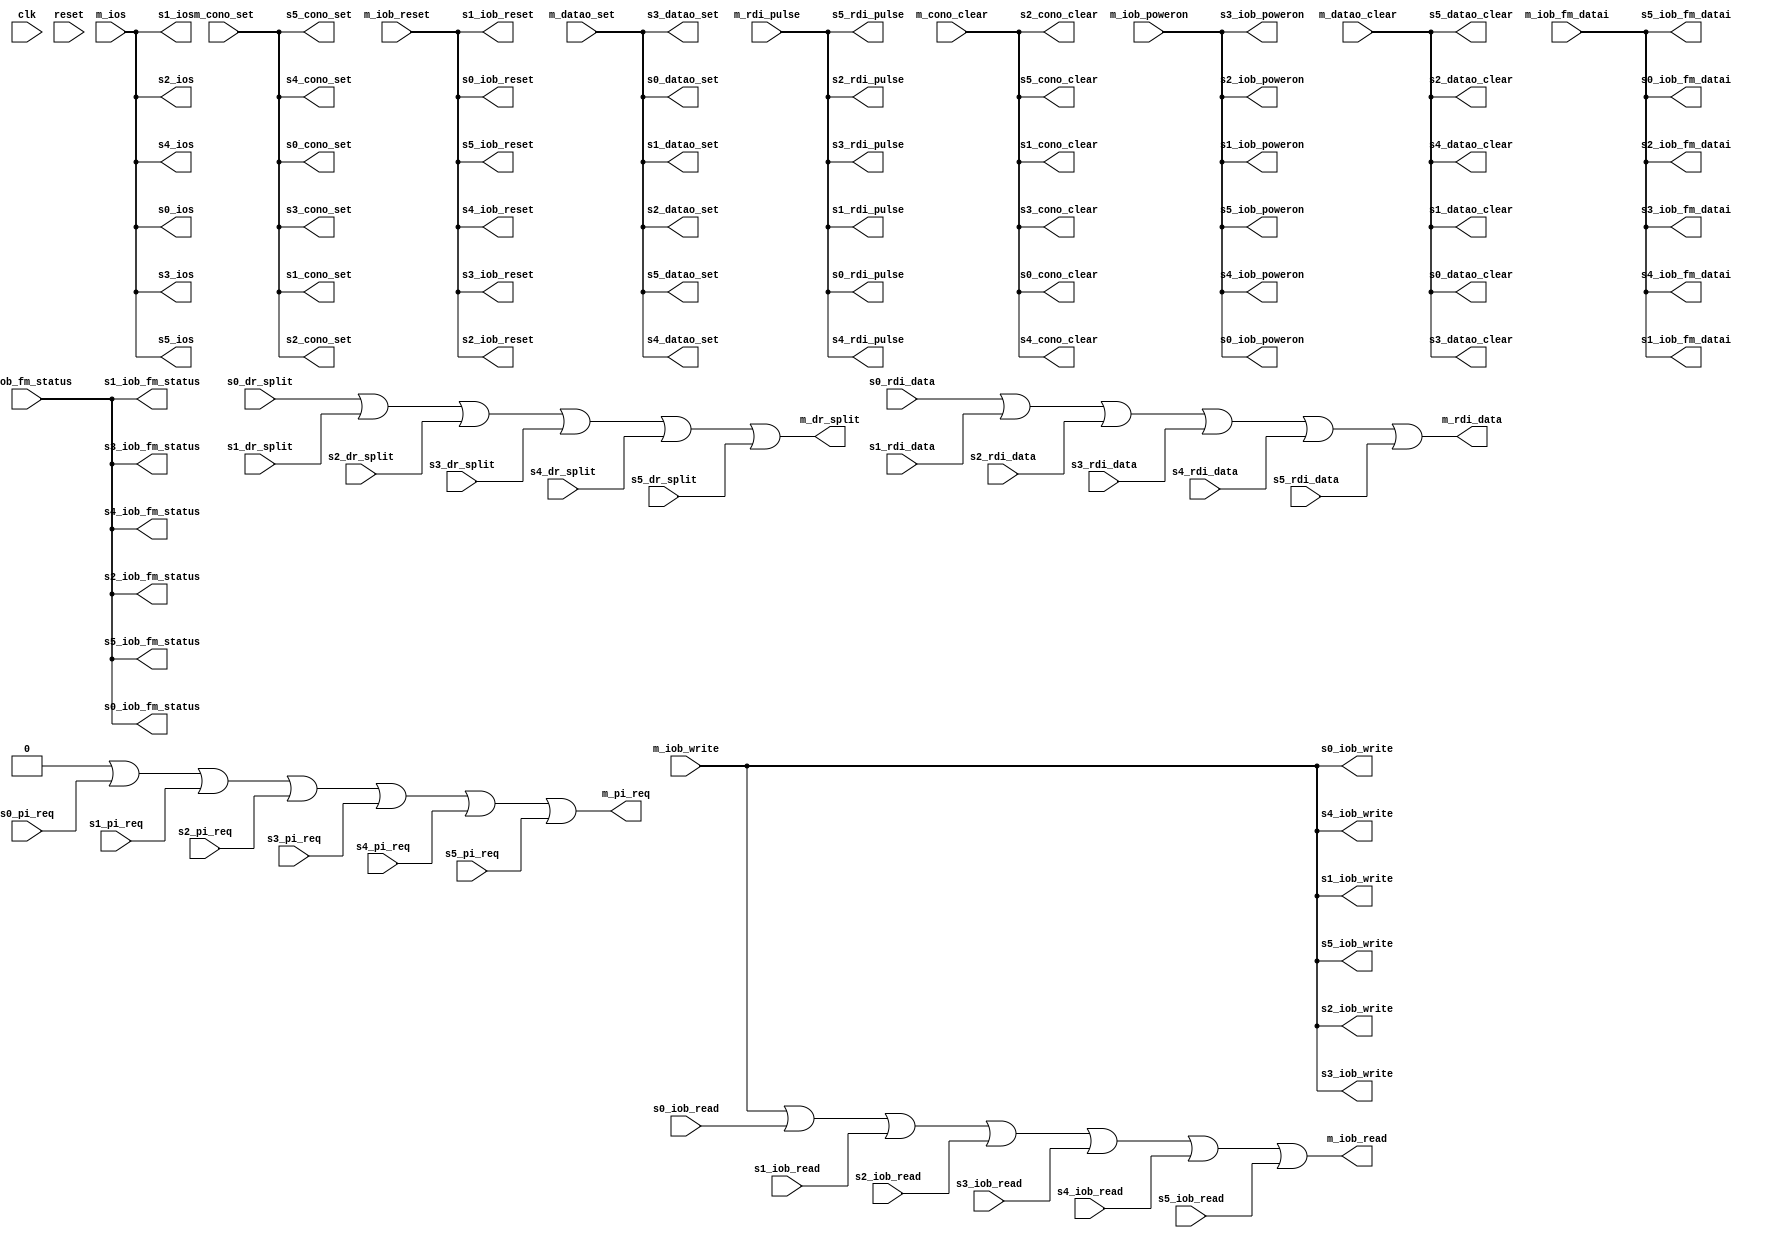
// AUTOGEN
module iobus_6_connect(
	// unused
	input wire clk,
	input wire reset,

	// Master
	input wire m_iob_poweron,
	input wire m_iob_reset,
	input wire m_datao_clear,
	input wire m_datao_set,
	input wire m_cono_clear,
	input wire m_cono_set,
	input wire m_iob_fm_datai,
	input wire m_iob_fm_status,
	input wire m_rdi_pulse,
	input wire [3:9] m_ios,
	input wire [0:35] m_iob_write,
	output wire [1:7] m_pi_req,
	output wire [0:35] m_iob_read,
	output wire m_dr_split,
	output wire m_rdi_data,

	// Slave 0
	output wire s0_iob_poweron,
	output wire s0_iob_reset,
	output wire s0_datao_clear,
	output wire s0_datao_set,
	output wire s0_cono_clear,
	output wire s0_cono_set,
	output wire s0_iob_fm_datai,
	output wire s0_iob_fm_status,
	output wire s0_rdi_pulse,
	output wire [3:9] s0_ios,
	output wire [0:35] s0_iob_write,
	input wire [1:7] s0_pi_req,
	input wire [0:35] s0_iob_read,
	input wire s0_dr_split,
	input wire s0_rdi_data,

	// Slave 1
	output wire s1_iob_poweron,
	output wire s1_iob_reset,
	output wire s1_datao_clear,
	output wire s1_datao_set,
	output wire s1_cono_clear,
	output wire s1_cono_set,
	output wire s1_iob_fm_datai,
	output wire s1_iob_fm_status,
	output wire s1_rdi_pulse,
	output wire [3:9] s1_ios,
	output wire [0:35] s1_iob_write,
	input wire [1:7] s1_pi_req,
	input wire [0:35] s1_iob_read,
	input wire s1_dr_split,
	input wire s1_rdi_data,

	// Slave 2
	output wire s2_iob_poweron,
	output wire s2_iob_reset,
	output wire s2_datao_clear,
	output wire s2_datao_set,
	output wire s2_cono_clear,
	output wire s2_cono_set,
	output wire s2_iob_fm_datai,
	output wire s2_iob_fm_status,
	output wire s2_rdi_pulse,
	output wire [3:9] s2_ios,
	output wire [0:35] s2_iob_write,
	input wire [1:7] s2_pi_req,
	input wire [0:35] s2_iob_read,
	input wire s2_dr_split,
	input wire s2_rdi_data,

	// Slave 3
	output wire s3_iob_poweron,
	output wire s3_iob_reset,
	output wire s3_datao_clear,
	output wire s3_datao_set,
	output wire s3_cono_clear,
	output wire s3_cono_set,
	output wire s3_iob_fm_datai,
	output wire s3_iob_fm_status,
	output wire s3_rdi_pulse,
	output wire [3:9] s3_ios,
	output wire [0:35] s3_iob_write,
	input wire [1:7] s3_pi_req,
	input wire [0:35] s3_iob_read,
	input wire s3_dr_split,
	input wire s3_rdi_data,

	// Slave 4
	output wire s4_iob_poweron,
	output wire s4_iob_reset,
	output wire s4_datao_clear,
	output wire s4_datao_set,
	output wire s4_cono_clear,
	output wire s4_cono_set,
	output wire s4_iob_fm_datai,
	output wire s4_iob_fm_status,
	output wire s4_rdi_pulse,
	output wire [3:9] s4_ios,
	output wire [0:35] s4_iob_write,
	input wire [1:7] s4_pi_req,
	input wire [0:35] s4_iob_read,
	input wire s4_dr_split,
	input wire s4_rdi_data,

	// Slave 5
	output wire s5_iob_poweron,
	output wire s5_iob_reset,
	output wire s5_datao_clear,
	output wire s5_datao_set,
	output wire s5_cono_clear,
	output wire s5_cono_set,
	output wire s5_iob_fm_datai,
	output wire s5_iob_fm_status,
	output wire s5_rdi_pulse,
	output wire [3:9] s5_ios,
	output wire [0:35] s5_iob_write,
	input wire [1:7] s5_pi_req,
	input wire [0:35] s5_iob_read,
	input wire s5_dr_split,
	input wire s5_rdi_data
);
	assign m_pi_req = 0 | s0_pi_req | s1_pi_req | s2_pi_req | s3_pi_req | s4_pi_req | s5_pi_req;
	assign m_iob_read = m_iob_write | s0_iob_read | s1_iob_read | s2_iob_read | s3_iob_read | s4_iob_read | s5_iob_read;
	assign m_dr_split = 0 | s0_dr_split | s1_dr_split | s2_dr_split | s3_dr_split | s4_dr_split | s5_dr_split;
	assign m_rdi_data = 0 | s0_rdi_data | s1_rdi_data | s2_rdi_data | s3_rdi_data | s4_rdi_data | s5_rdi_data;


	assign s0_iob_poweron = m_iob_poweron;
	assign s0_iob_reset = m_iob_reset;
	assign s0_datao_clear = m_datao_clear;
	assign s0_datao_set = m_datao_set;
	assign s0_cono_clear = m_cono_clear;
	assign s0_cono_set = m_cono_set;
	assign s0_iob_fm_datai = m_iob_fm_datai;
	assign s0_iob_fm_status = m_iob_fm_status;
	assign s0_rdi_pulse = m_rdi_pulse;
	assign s0_ios = m_ios;
	assign s0_iob_write = m_iob_write;

	assign s1_iob_poweron = m_iob_poweron;
	assign s1_iob_reset = m_iob_reset;
	assign s1_datao_clear = m_datao_clear;
	assign s1_datao_set = m_datao_set;
	assign s1_cono_clear = m_cono_clear;
	assign s1_cono_set = m_cono_set;
	assign s1_iob_fm_datai = m_iob_fm_datai;
	assign s1_iob_fm_status = m_iob_fm_status;
	assign s1_rdi_pulse = m_rdi_pulse;
	assign s1_ios = m_ios;
	assign s1_iob_write = m_iob_write;

	assign s2_iob_poweron = m_iob_poweron;
	assign s2_iob_reset = m_iob_reset;
	assign s2_datao_clear = m_datao_clear;
	assign s2_datao_set = m_datao_set;
	assign s2_cono_clear = m_cono_clear;
	assign s2_cono_set = m_cono_set;
	assign s2_iob_fm_datai = m_iob_fm_datai;
	assign s2_iob_fm_status = m_iob_fm_status;
	assign s2_rdi_pulse = m_rdi_pulse;
	assign s2_ios = m_ios;
	assign s2_iob_write = m_iob_write;

	assign s3_iob_poweron = m_iob_poweron;
	assign s3_iob_reset = m_iob_reset;
	assign s3_datao_clear = m_datao_clear;
	assign s3_datao_set = m_datao_set;
	assign s3_cono_clear = m_cono_clear;
	assign s3_cono_set = m_cono_set;
	assign s3_iob_fm_datai = m_iob_fm_datai;
	assign s3_iob_fm_status = m_iob_fm_status;
	assign s3_rdi_pulse = m_rdi_pulse;
	assign s3_ios = m_ios;
	assign s3_iob_write = m_iob_write;

	assign s4_iob_poweron = m_iob_poweron;
	assign s4_iob_reset = m_iob_reset;
	assign s4_datao_clear = m_datao_clear;
	assign s4_datao_set = m_datao_set;
	assign s4_cono_clear = m_cono_clear;
	assign s4_cono_set = m_cono_set;
	assign s4_iob_fm_datai = m_iob_fm_datai;
	assign s4_iob_fm_status = m_iob_fm_status;
	assign s4_rdi_pulse = m_rdi_pulse;
	assign s4_ios = m_ios;
	assign s4_iob_write = m_iob_write;

	assign s5_iob_poweron = m_iob_poweron;
	assign s5_iob_reset = m_iob_reset;
	assign s5_datao_clear = m_datao_clear;
	assign s5_datao_set = m_datao_set;
	assign s5_cono_clear = m_cono_clear;
	assign s5_cono_set = m_cono_set;
	assign s5_iob_fm_datai = m_iob_fm_datai;
	assign s5_iob_fm_status = m_iob_fm_status;
	assign s5_rdi_pulse = m_rdi_pulse;
	assign s5_ios = m_ios;
	assign s5_iob_write = m_iob_write;
endmodule